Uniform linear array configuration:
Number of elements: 12
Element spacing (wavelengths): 0.75
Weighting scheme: exponential
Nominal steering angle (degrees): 15
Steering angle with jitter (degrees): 14.841
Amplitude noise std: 0.05
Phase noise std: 0.05

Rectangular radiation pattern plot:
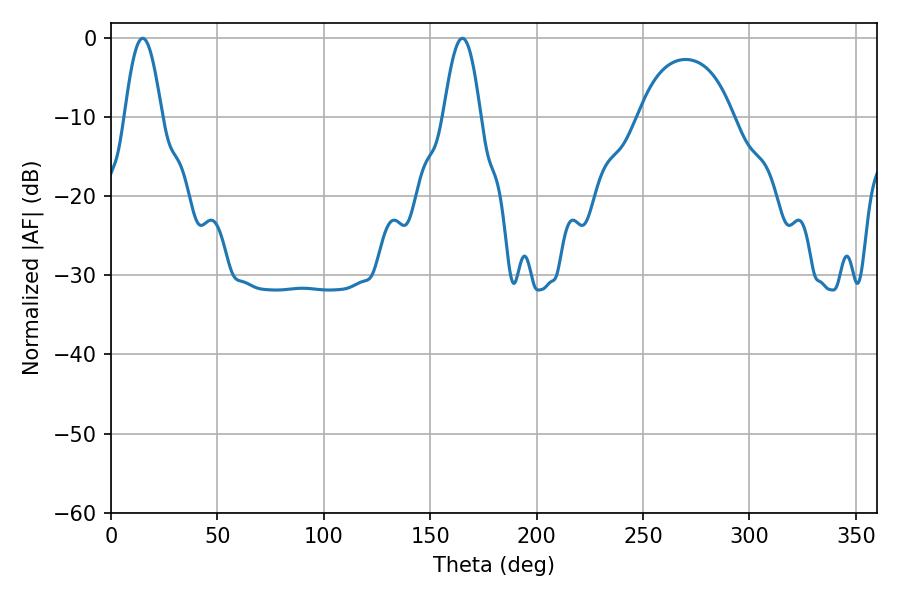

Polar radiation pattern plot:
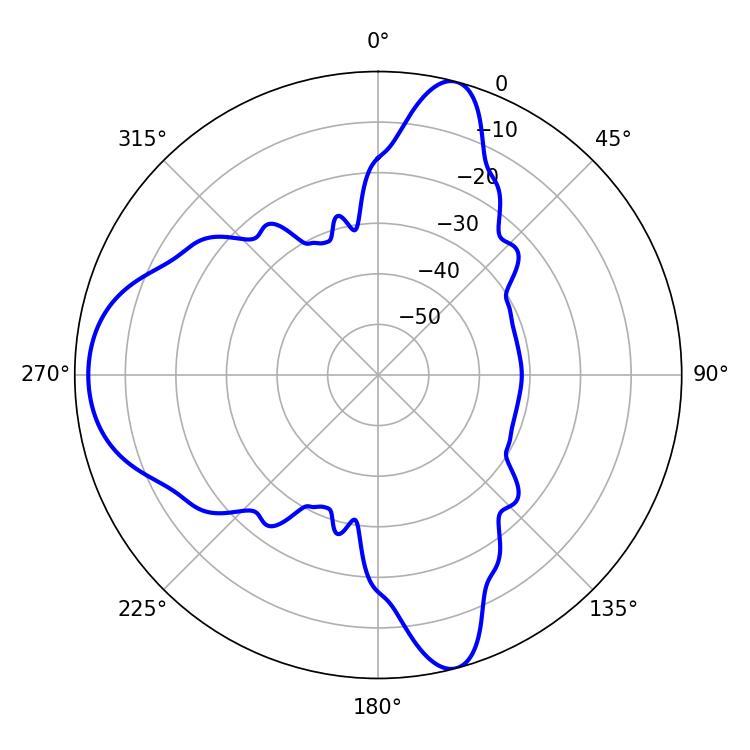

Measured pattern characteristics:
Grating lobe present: TRUE
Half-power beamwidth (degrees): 9.36
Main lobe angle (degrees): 14.94